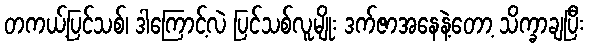
တကယ့်ပြင်သစ်၊ ဒါကြောင့်လဲ ပြင်သစ်လူမျိုး ဒက်ဇာအနေနဲ့တော့ သိက္ခာချပြီး